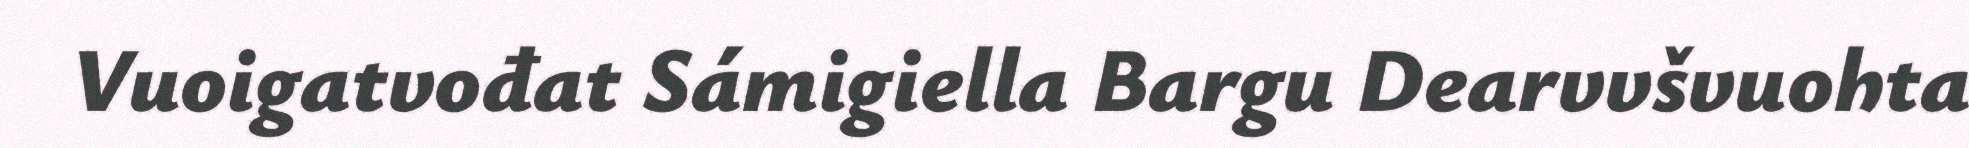
Vuoigatvođat Sámigiella Bargu Dearvvšvuohta